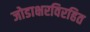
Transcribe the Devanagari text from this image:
जोडाक्षरविरहित